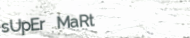
sUpEr MaRt